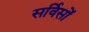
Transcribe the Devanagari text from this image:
सर्विसों